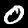
Label: 0